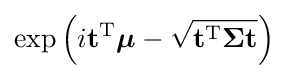
\exp \left(i\mathbf {t} ^{\mathrm {T} }{\boldsymbol {\mu }}-{\sqrt {\mathbf {t} ^{\mathrm {T} }{\boldsymbol {\Sigma }}\mathbf {t} }}\right)